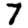
Digit: 7